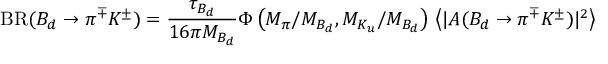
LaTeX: \mathrm { B R } ( B _ { d } \to \pi ^ { \mp } K ^ { \pm } ) = \frac { \tau _ { B _ { d } } } { 1 6 \pi M _ { B _ { d } } } \Phi \left( M _ { \pi } / M _ { B _ { d } } , M _ { K _ { u } } / M _ { B _ { d } } \right) \, \left\langle | A ( B _ { d } \to \pi ^ { \mp } K ^ { \pm } ) | ^ { 2 } \right\rangle